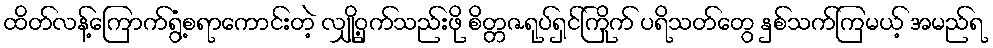
ထိတ်လန့်ကြောက်ရွံ့စရာကောင်းတဲ့ လျှို့ဝှက်သည်းဖို စိတ္တဇရုပ်ရှင်ကြိုက် ပရိသတ်တွေ နှစ်သက်ကြမယ့် အမည်ရ